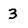
Character: 3